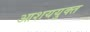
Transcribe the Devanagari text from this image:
आशययुक्‍त